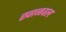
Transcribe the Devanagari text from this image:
खानवल